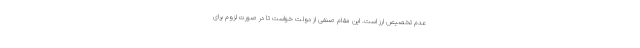
عدم تخصیص ارز است. این مقام صنفی از دولت خواست تا در صورت لزوم برای